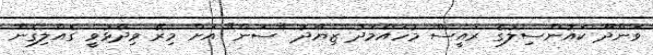
ވަންދޫ ކައުންސިލުގެ ރައީސް މުހައްމަދު ޒިޔާދު "ސަން" އަށް މިރޭ ވިދާޅުވީ ގެއްލިގެން